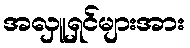
အလှူရှင်များအား